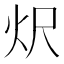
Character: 𭴐